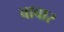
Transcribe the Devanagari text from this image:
बाबार